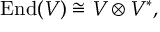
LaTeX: \operatorname { E n d } ( V ) \cong V \otimes V ^ { * } ,